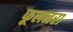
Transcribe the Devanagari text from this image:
फूलनरा